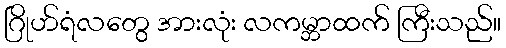
ဂြိုဟ်ရံလတွေ အားလုံး လကမ္ဘာထက် ကြီးသည်။